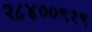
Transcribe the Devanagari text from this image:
२८४००९१९